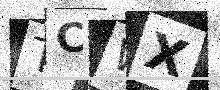
Text: TCWX